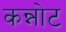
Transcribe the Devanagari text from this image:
कन्नोट